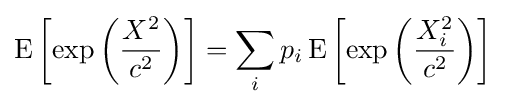
\operatorname {E} \left[\exp {\left({\frac {X^{2}}{c^{2}}}\right)}\right]=\sum _{i}p_{i}\operatorname {E} \left[\exp {\left({\frac {X_{i}^{2}}{c^{2}}}\right)}\right]